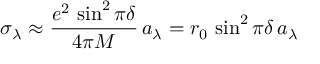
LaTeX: \sigma _ { \lambda } \approx { \frac { e ^ { 2 } \, \sin ^ { 2 } \pi \delta } { 4 \pi M } } \, a _ { \lambda } = r _ { 0 } \, \sin ^ { 2 } \pi \delta \, a _ { \lambda }